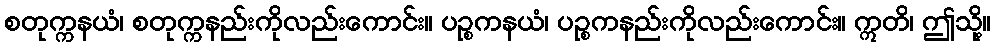
စတုက္ကနယံ၊ စတုက္ကနည်းကိုလည်းကောင်း။ ပဉ္စကနယံ၊ ပဉ္စကနည်းကိုလည်းကောင်း။ ဣတိ၊ ဤသို့။